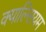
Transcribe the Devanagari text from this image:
क्याल्सियम